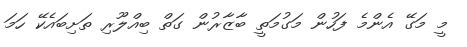
މީ މަގޭ އެންމެ ފަހުން މަގުމަތީ ބާޒާރުން ގަތް ބިއްލޫރި ތަށިބައެކޭ ހަމަ